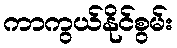
ကာကွယ်နိုင်စွမ်း